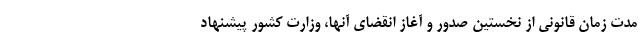
مدت زمان قانونی از نخستین صدور و آغاز انقضای آنها، وزارت کشور پیشنهاد